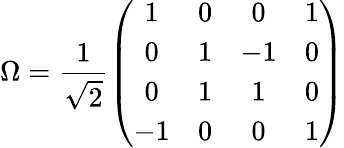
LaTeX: \Omega=\frac{1}{\sqrt{2}}\left(\begin{array}{cccc}{{1}}&{{0}}&{{0}}&{{1}}\\ {{0}}&{{1}}&{{-1}}&{{0}}\\ {{0}}&{{1}}&{{1}}&{{0}}\\ {{-1}}&{{0}}&{{0}}&{{1}}\end{array}\right)